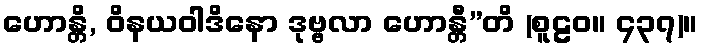
ဟောန္တိ, ဝိနယဝါဒိနော ဒုဗ္ဗလာ ဟောန္တီ”တိ (စူဠဝ။ ၄၃၇)။